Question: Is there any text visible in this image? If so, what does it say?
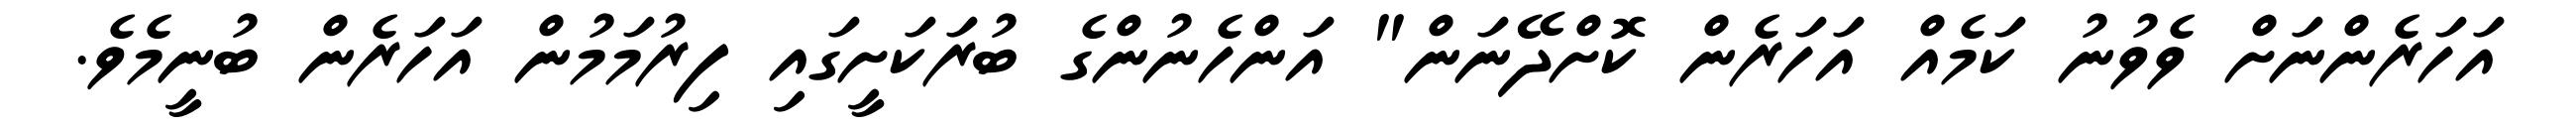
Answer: އަހަރެންނަށް ވެވުނު ކަމެއް އަހަރެން ކޮށްދޭނަން" އަންހެނުންގެ ބުރަކަށީގައި ފިރުމަމުން އަހަރެން ބުނީމެވެ.